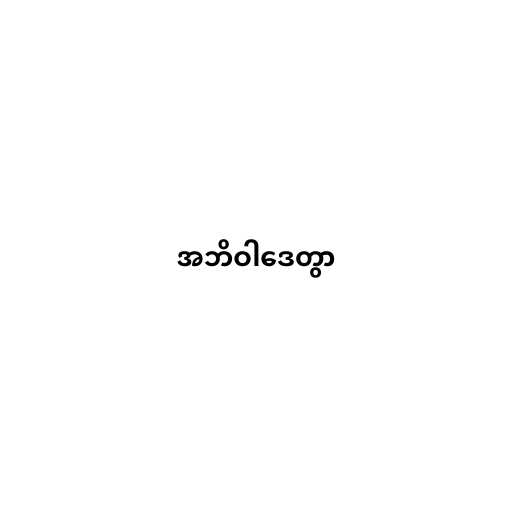
အဘိဝါဒေတွာ